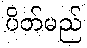
ပိတ်မည်